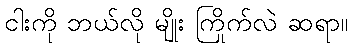
ငါးကို ဘယ်လို မျိုး ကြိုက်လဲ ဆရာ။